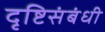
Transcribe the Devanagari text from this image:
दृष्टिसंबंधी